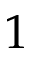
1